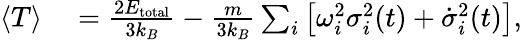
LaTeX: \begin{array}{rl}{\langle T\rangle}&{{}=\frac{2E_{\mathrm{total}}}{3k_{B}}-\frac{m}{3k_{B}}\sum_{i}\left[\omega_{i}^{2}\sigma_{i}^{2}(t)+\dot{\sigma}_{i}^{2}(t)\right],}\end{array}